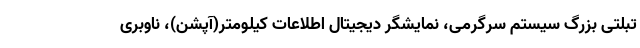
تبلتی بزرگ سیستم سرگرمی، نمایشگر دیجیتال اطلاعات کیلومتر(آپشن)، ناوبری